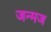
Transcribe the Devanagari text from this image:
जन्मज